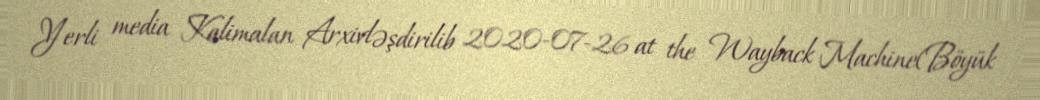
Yerli media Kalimalan Arxivləşdirilib 2020-07-26 at the Wayback Machine(Böyük